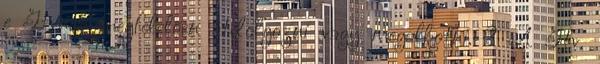
e Gtvnek megfelelően átdolgozni vagy megalkotni. 2 A Gtv.